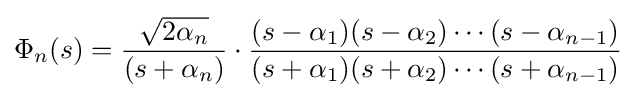
\Phi _{n}(s)={\frac {\sqrt {2\alpha _{n}}}{(s+\alpha _{n})}}\cdot {\frac {(s-\alpha _{1})(s-\alpha _{2})\cdots (s-\alpha _{n-1})}{(s+\alpha _{1})(s+\alpha _{2})\cdots (s+\alpha _{n-1})}}